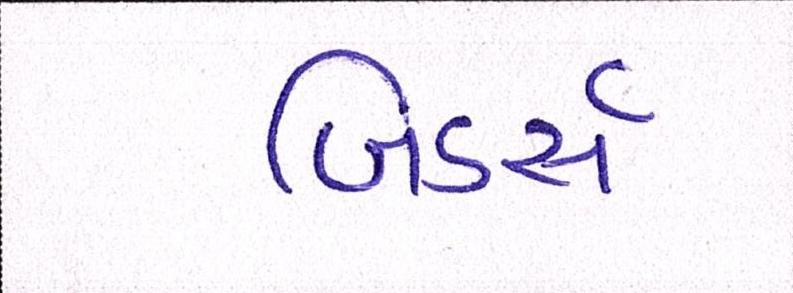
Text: બિડર્સ